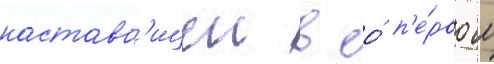
наставн'ицеи в ео́ п'е́рвом